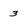
Character: 3